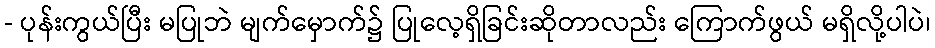
- ပုန်းကွယ်ပြီး မပြုဘဲ မျက်မှောက်၌ ပြုလေ့ရှိခြင်းဆိုတာလည်း ကြောက်ဖွယ် မရှိလို့ပါပဲ၊